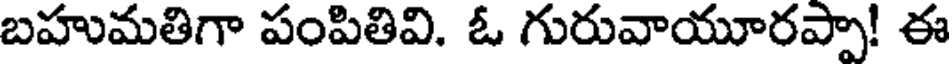
బహుమతిగా పంపితివి. ఓ గురువాయూరప్పా! ఈ